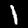
Label: 1